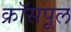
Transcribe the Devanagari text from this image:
क्रॉसपूल